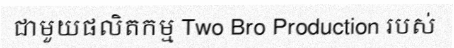
ជាមួយផលិតកម្ម Two Bro Production របស់